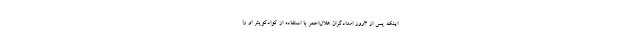
اینکه پس از 3روز امدادگران هلال‌احمر با استفاده از کوادکوپتر او را